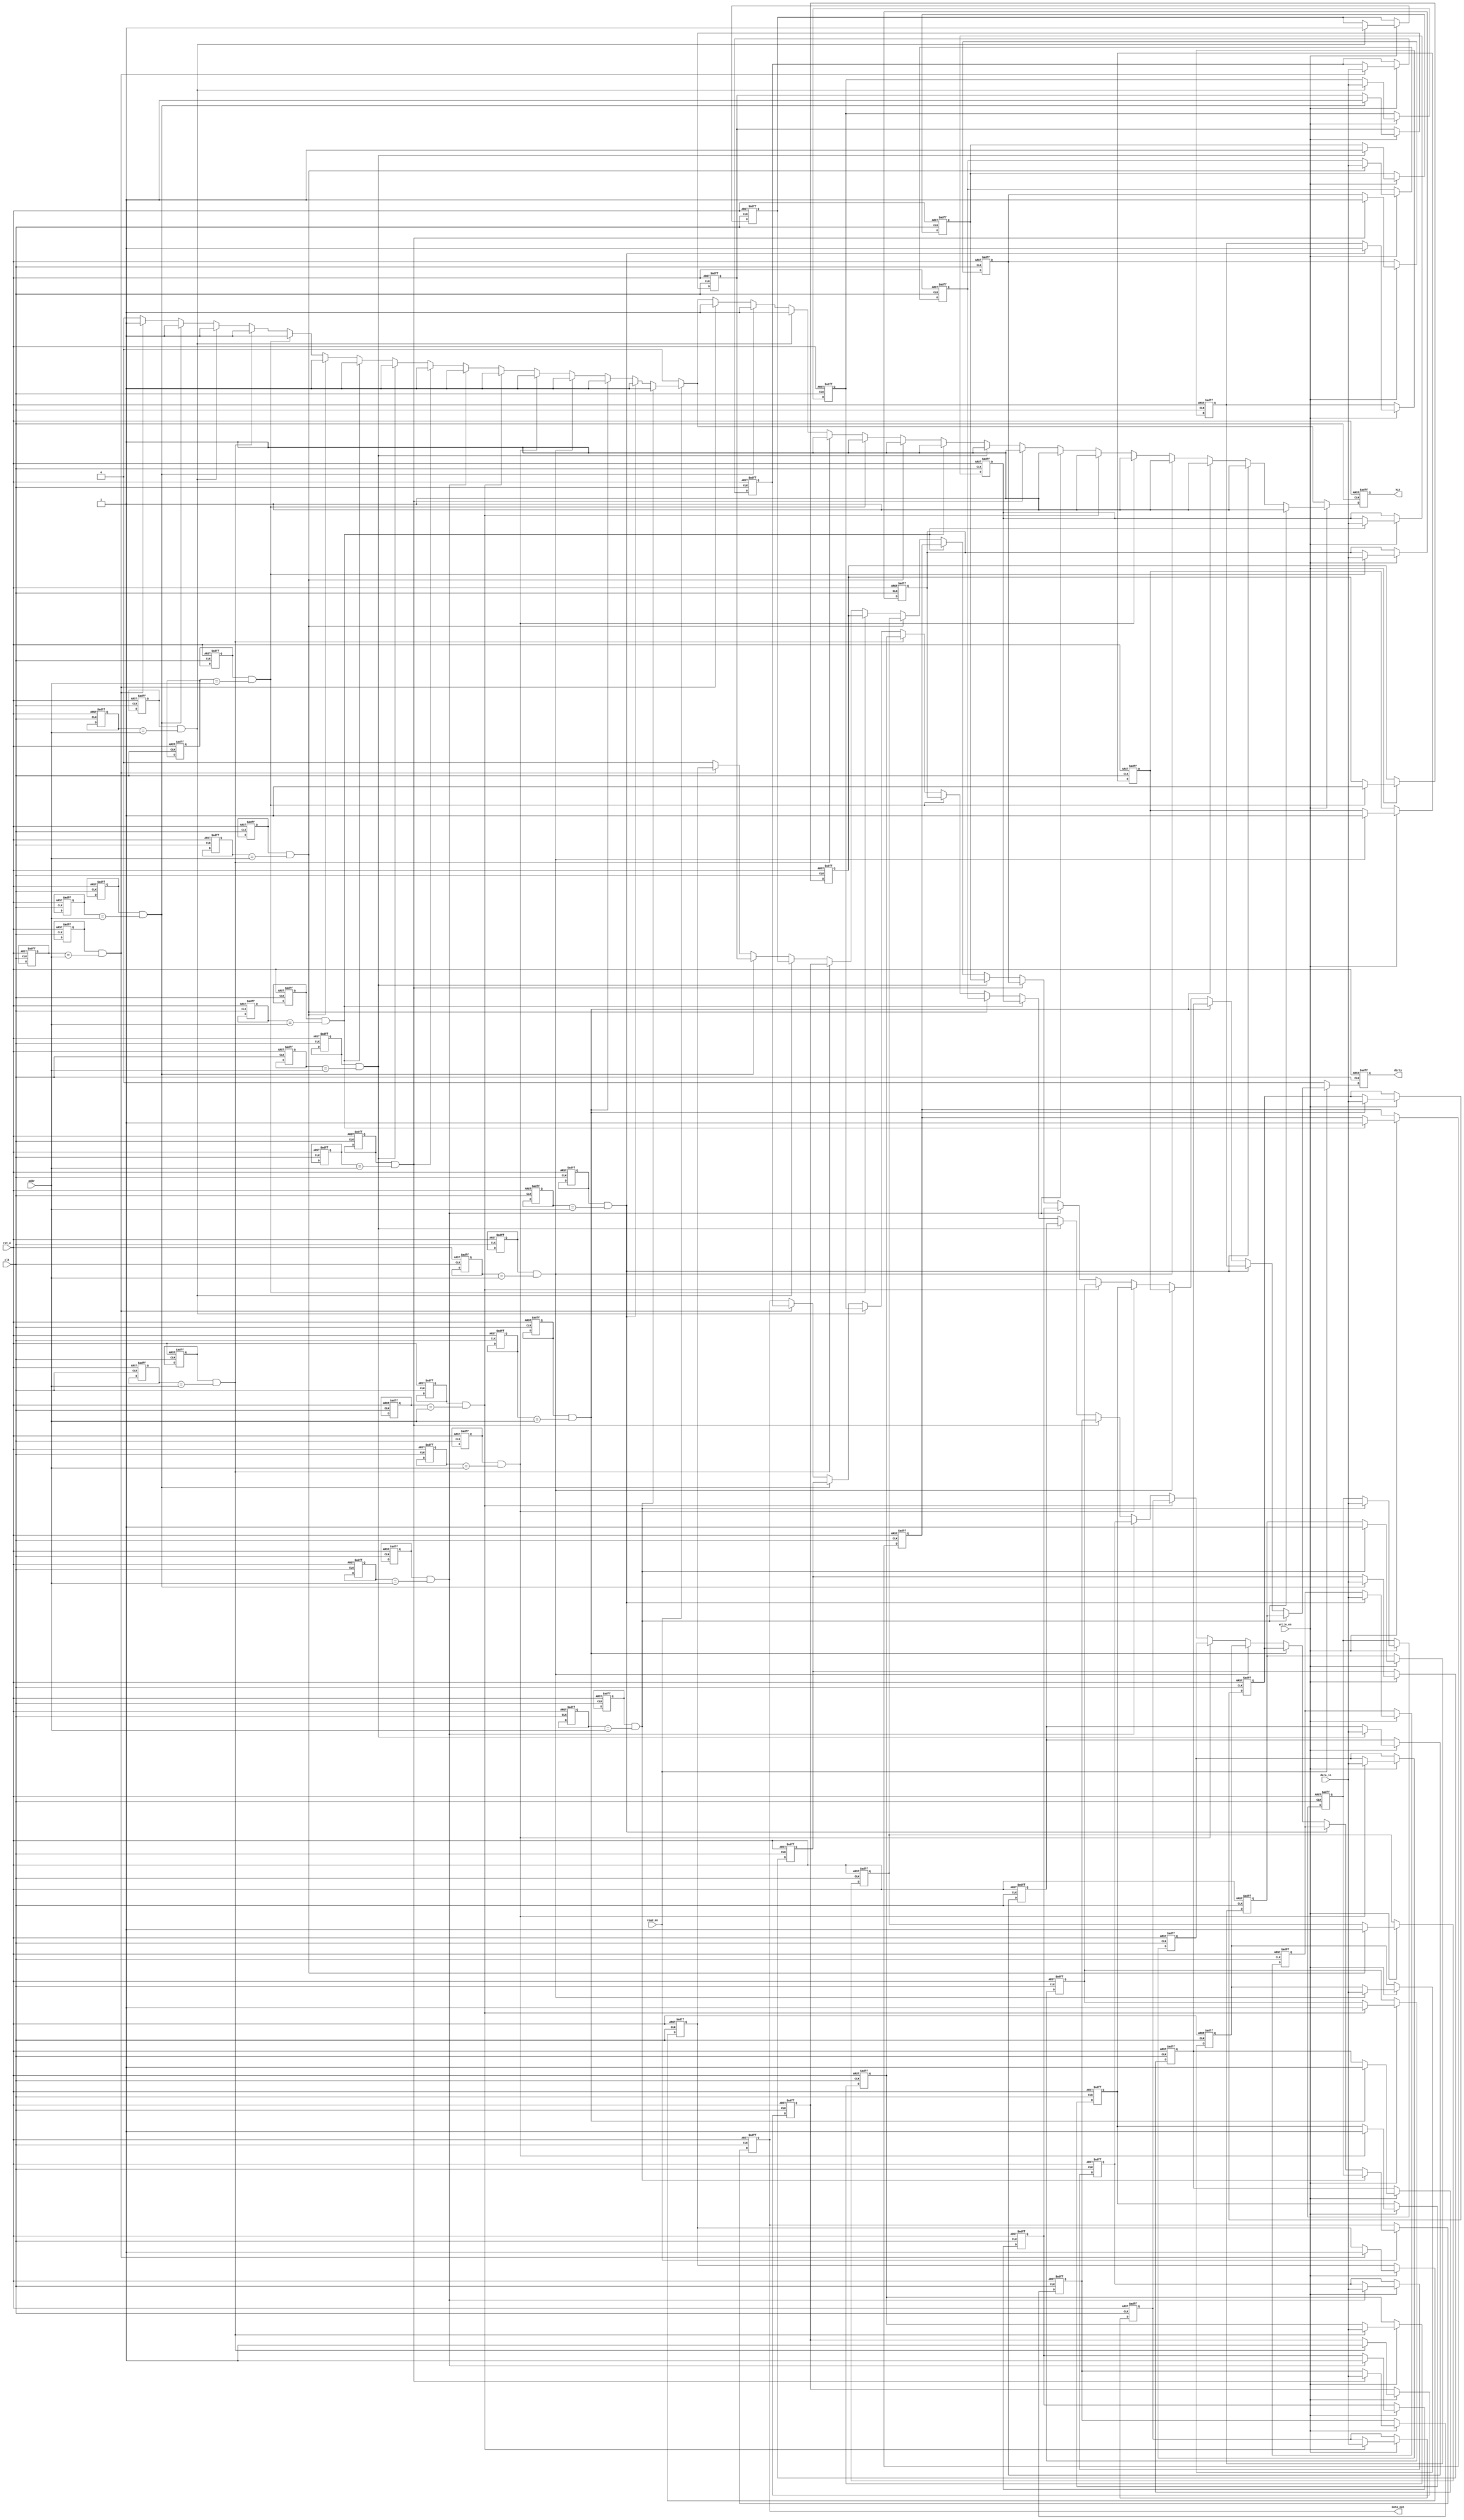
module NonVolatileCache #(
    parameter ADDR_WIDTH = 8, // Address width
    parameter DATA_WIDTH = 32, // Data width
    parameter CACHE_SIZE = 16  // Number of cache lines
)(
    input wire clk,
    input wire rst_n,
    input wire [ADDR_WIDTH-1:0] addr, // Address input
    input wire [DATA_WIDTH-1:0] data_in, // Data input
    input wire read_en, // Read enable
    input wire write_en, // Write enable
    output reg [DATA_WIDTH-1:0] data_out, // Data output
    output reg hit, // Cache hit signal
    output reg dirty // Dirty bit signal
);

    // Cache line structure
    reg [DATA_WIDTH-1:0] cache_data [0:CACHE_SIZE-1]; // Data storage array
    reg [ADDR_WIDTH-1:0] tag_storage [0:CACHE_SIZE-1]; // Tag storage
    reg valid [0:CACHE_SIZE-1]; // Valid bits
    reg dirty_bits [0:CACHE_SIZE-1]; // Dirty bits

    // Cache controller
    integer i;
    always @(posedge clk or negedge rst_n) begin
        if (!rst_n) begin
            // Reset cache
            for (i = 0; i < CACHE_SIZE; i = i + 1) begin
                valid[i] <= 1'b0;
                dirty_bits[i] <= 1'b0;
                cache_data[i] <= {DATA_WIDTH{1'b0}};
                tag_storage[i] <= {ADDR_WIDTH{1'b0}};
            end
            hit <= 1'b0;
            dirty <= 1'b0;
            data_out <= {DATA_WIDTH{1'b0}};
        end else begin
            hit <= 1'b0; // Default hit to false
            dirty <= 1'b0; // Default dirty to false

            // Read operation
            if (read_en) begin
                for (i = 0; i < CACHE_SIZE; i = i + 1) begin
                    if (valid[i] && (tag_storage[i] == addr)) begin
                        // Cache hit
                        data_out <= cache_data[i];
                        hit <= 1'b1;
                        dirty <= dirty_bits[i];
                    end
                end
                // If miss, fetch from main memory (not implemented here)
            end

            // Write operation
            if (write_en) begin
                for (i = 0; i < CACHE_SIZE; i = i + 1) begin
                    if (valid[i] && (tag_storage[i] == addr)) begin
                        // Cache hit
                        cache_data[i] <= data_in;
                        dirty_bits[i] <= 1'b1; // Set dirty bit
                        hit <= 1'b1;
                    end
                end
                // If miss, find an empty line or evict (not implemented here)
            end
        end
    end

    // Additional logic for cache eviction and power management can be added here

endmodule